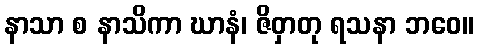
နာသာ စ နာသိကာ ဃာနံ၊ ဇိဝှာတု ရသနာ ဘဝေ။